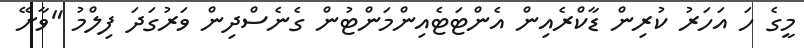
މީގެ ހަ އަހަރު ކުރިން ޑާކްރެއިން އެންޓަޓެއިންމަންޓުން ގެނެސްދިން ވަރުގަދަ ފިލްމު "ވާށޭ